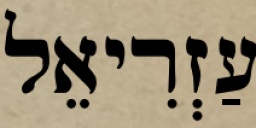
עַזְרִיאֵל